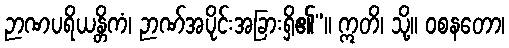
ဉာဏပရိယန္တိကံ၊ ဉာဏ်အပိုင်းအခြားရှိ၏”။ ဣတိ၊ သို့။ ဝစနတော၊